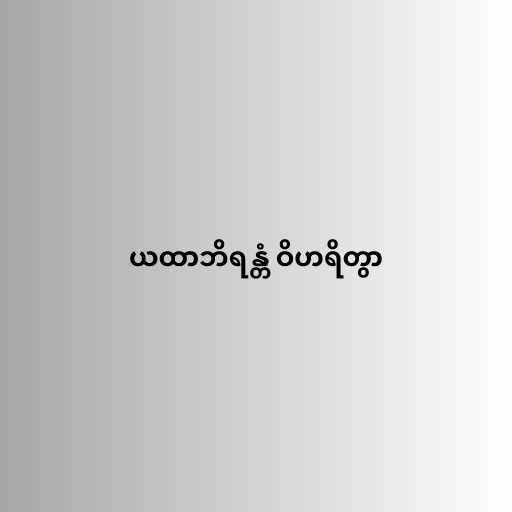
ယထာဘိရန္တံ ဝိဟရိတွာ